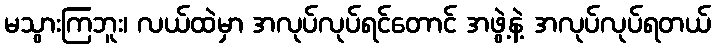
မသွားကြဘူး၊ လယ်ထဲမှာ အလုပ်လုပ်ရင်တောင် အဖွဲ့နဲ့ အလုပ်လုပ်ရတယ်